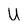
Character: u